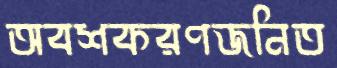
অবশকরণজনিত